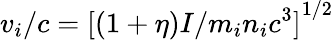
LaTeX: v_{i}/c={[(1+\eta)I/m_{i}n_{i}c^{3}]}^{1/2}